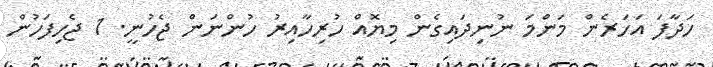
ހަދާފަ އަހަރެން މަންމަ ނުނިދައިގެން މިޔޮއް ހުރިހާއިރު ހުންނަން ޖެހުނީ. 1 ޖެހިފަހުން